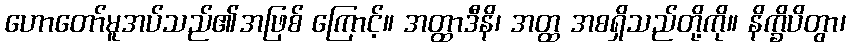
ဟောတော်မူအပ်သည်၏အဖြစ် ကြောင့်။ အတ္ထာဒီနိ၊ အတ္ထ အစရှိသည်တို့ကို။ နိက္ခိပိတွာ၊